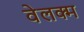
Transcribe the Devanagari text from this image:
वेलक्म